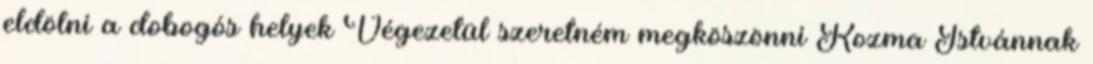
eldölni a dobogós helyek Végezetül szeretném megköszönni Kozma Istvánnak